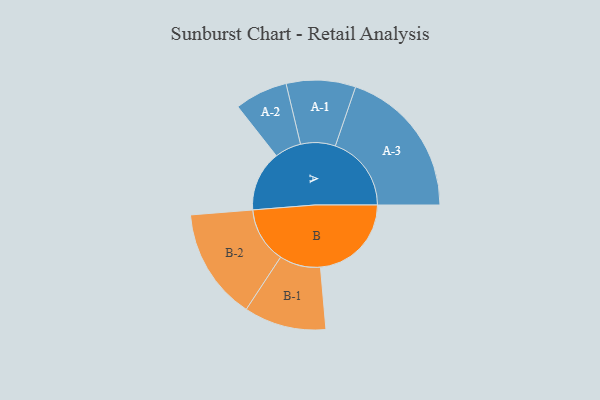
{"axis": {"x": "Segment", "y": "Value"}, "legend": ["", "A", "B"], "data": [{"x": "A", "y": 235, "type": ""}, {"x": "B", "y": 354, "type": ""}, {"x": "A-1", "y": 135, "type": "A"}, {"x": "A-2", "y": 103, "type": "A"}, {"x": "A-3", "y": 296, "type": "A"}, {"x": "B-1", "y": 160, "type": "B"}, {"x": "B-2", "y": 217, "type": "B"}]}